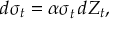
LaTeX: d \sigma _ { t } = \alpha \sigma _ { t } ^ { } \, d Z _ { t } ,